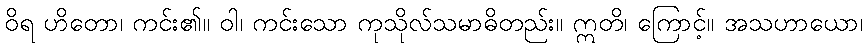
ဝိရ ဟိတော၊ ကင်း၏။ ဝါ၊ ကင်းသော ကုသိုလ်သမာဓိတည်း။ ဣတိ၊ ကြောင့်။ အသဟာယော၊